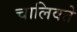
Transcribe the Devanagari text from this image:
चालिवते